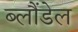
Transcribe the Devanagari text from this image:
ब्लौंडेल